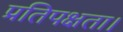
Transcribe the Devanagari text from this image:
प्रतिपक्षता।